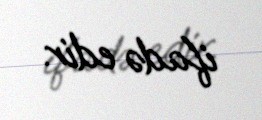
ifadə edir.